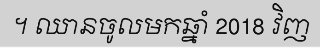
។ ឈានចូលមកឆ្នាំ 2018 វិញ